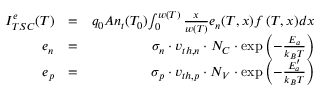
\begin{array} { r l r } { I _ { T S C } ^ { e } ( T ) } & { = } & { q _ { 0 } A n _ { t } ( T _ { 0 } ) { \int _ { 0 } ^ { w ( T ) } { \frac { x } { w ( T ) } } e _ { n } ( T , x ) f \left( T , x \right) } d x } \\ { e _ { n } } & { = } & { { \sigma _ { n } \cdot v _ { t h , n } \cdot N _ { C } \cdot \exp { \left( - { \frac { E _ { a } } { k _ { B } T } } \right) } } } \\ { e _ { p } } & { = } & { { \sigma _ { p } \cdot v _ { t h , p } \cdot N _ { V } \cdot \exp { \left( - { \frac { E _ { a } ^ { \prime } } { k _ { B } T } } \right) } } } \end{array}